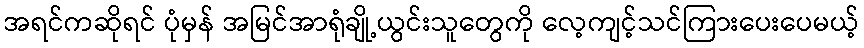
အရင်ကဆိုရင် ပုံမှန် အမြင်အာရုံချို့ယွင်းသူတွေကို လေ့ကျင့်သင်ကြားပေးပေမယ့်